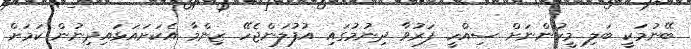
ބޭނުމަކީ ބަލި މީހުންނަށް ސިއްހީ ފަރުވާ ދިނުމުގައި އުފުލަންޖެހޭ ޒިންމާ އެކަށައަޅައިދިނުން ކަމަށް